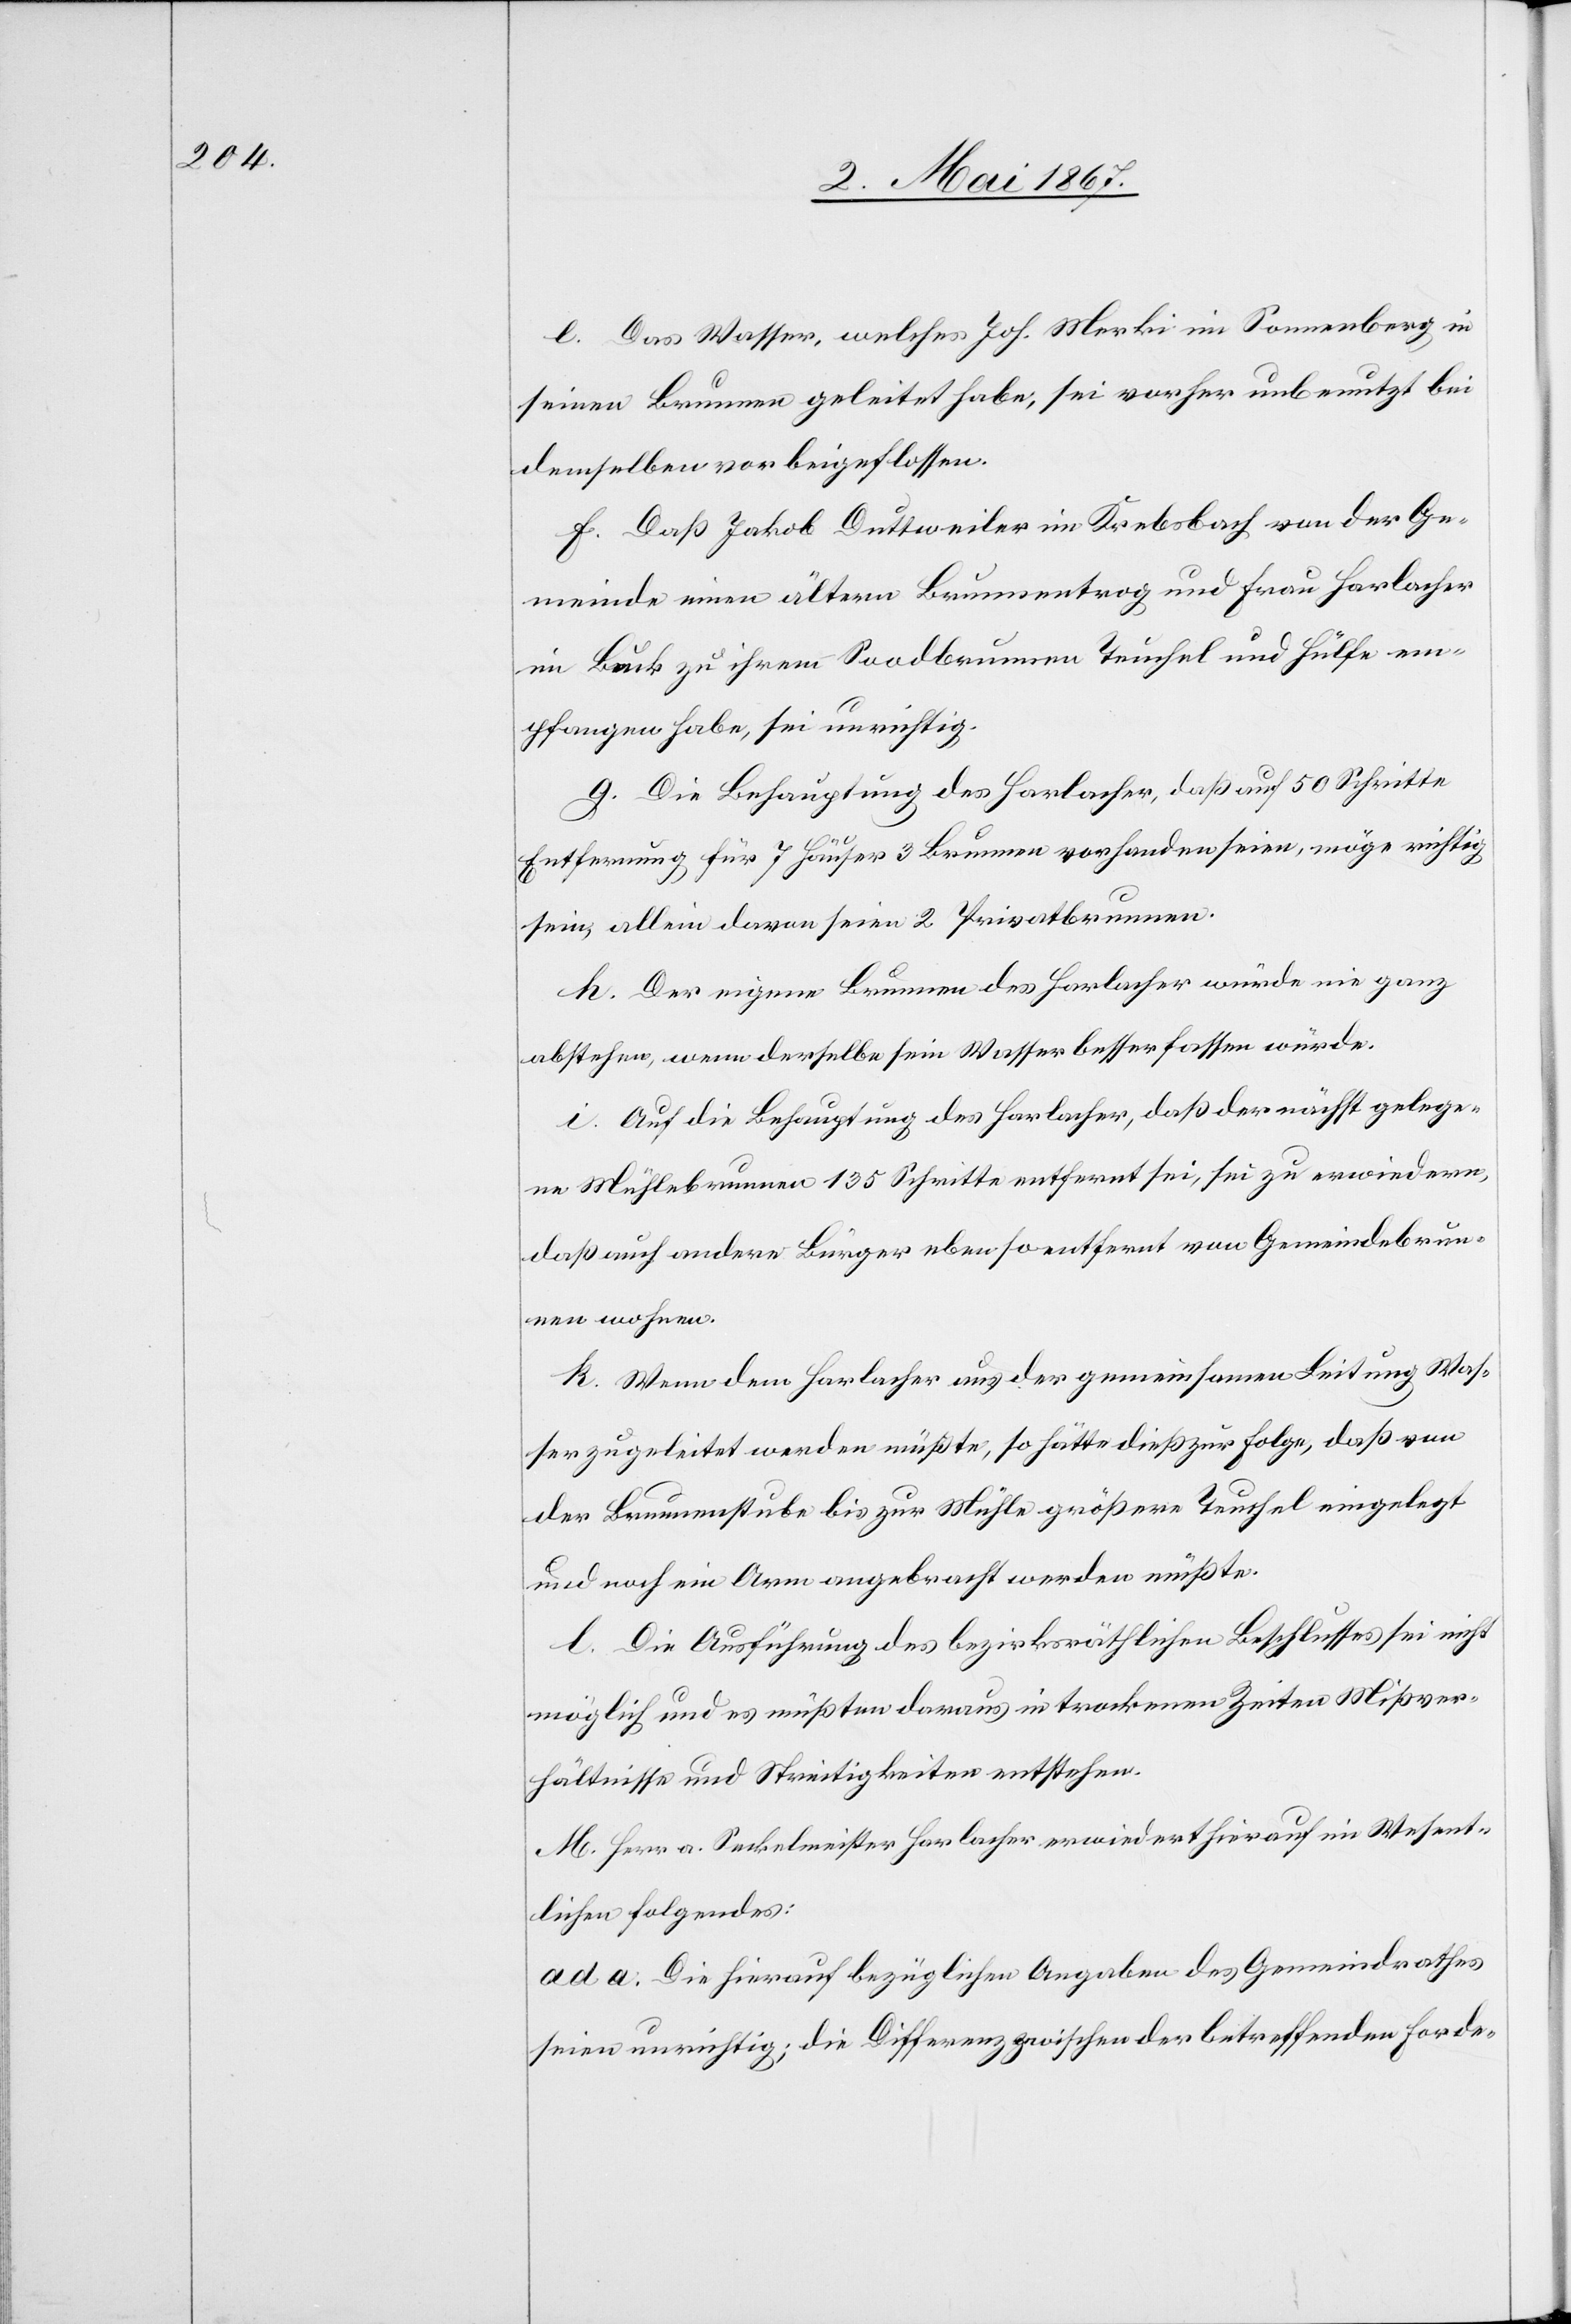
e. Das Wasser, welches Joh. Merki im Sonnenberg in
seinen Brunnen geleitet habe, sei vorher unbenutzt bei
demselben vorbeigeflossen.
f. Daß Jakob Duttweiler im Krebsbach von der Ge¬
meinde einen ältern Brunnentrog und Frau Horlacher
in Buck zu ihrem Soodbrunnen Teuchel und Hülfe em¬
pfangen habe, sei unrichtig.
g. Die Behauptung des Horlacher, daß auf 50 Schritte
Entfernung für 7 Häuser 3 Brunnen vorhanden seien, möge richtig
sein, allein davon seien 2 Privatbrunnen.
h. Der eigene Brunnen des Horlacher würde nie ganz
obstehen, wenn derselbe sein Wasser besser fassen würde.
i. Auf die Behauptung des Horlacher, daß der nächst gelege¬
ne Mühlebrunnen 135 Schritte entfernt sei, sei zu erwiedern,
daß auch andere Bürger eben so entfernt von Gemeindebrun¬
nen wohnen.
k. Wenn dem Horlacher aus der gemeinsamen Leitung Was¬
ser zugeleitet werden müßte, so hätte dieß zur Folge, daß von
der Brunnenstube bis zur Mühle größere Teuchel eingelegt
und noch ein Arm angebracht werden müßte.
l. Die Ausführung des bezirksräthlichen Beschlusses sei nicht
möglich und es müßten daraus in trockenen Zeiten Mißver¬
hältnisse und Streitigkeiten entstehen.
M. Herr a. Seckelmeister Horlacher erwiedert hierauf im Wesent¬
lichen folgendes:
ad a. Die hierauf bezüglichen Angaben des Gemeindrathes
seien unrichtig; die Differenz zwischen der betreffenden Forde-